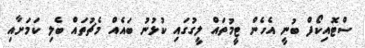
ސްޓޮއިކޯފް ބުނީ އެހެން ޓީމުތައް ލީގުގައި ކުޅުނު ބައެއް މެޗުތައް ބެލި ކަމަށާއި